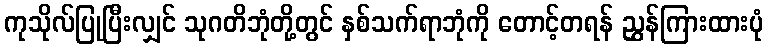
ကုသိုလ်ပြုပြီးလျှင် သုဂတိဘုံတို့တွင် နှစ်သက်ရာဘုံကို တောင့်တရန် ညွှန်ကြားထားပုံ